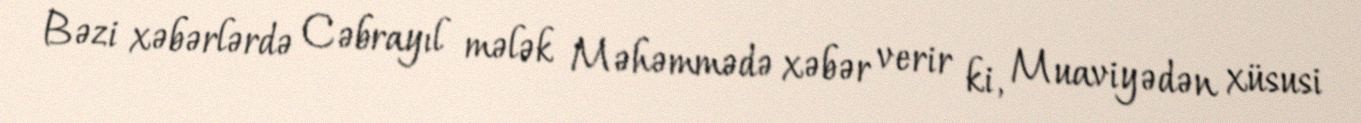
Bəzi xəbərlərdə Cəbrayıl mələk Məhəmmədə xəbər verir ki, Muaviyədən xüsusi